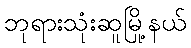
ဘုရားသုံးဆူမြို့နယ်